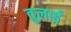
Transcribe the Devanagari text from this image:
तुलाई